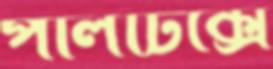
পলিটিক্সে